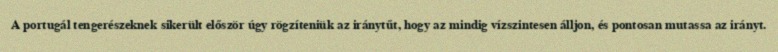
A portugál tengerészeknek sikerült először úgy rögzíteniük az iránytűt, hogy az mindig vízszintesen álljon, és pontosan mutassa az irányt.